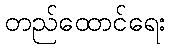
တည်ထောင်ရေး